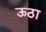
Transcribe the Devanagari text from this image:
ऊठा